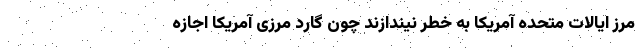
مرز ایالات متحده آمریکا به خطر نیندازند چون گارد مرزی آمریکا اجازه